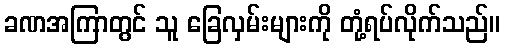
ခဏအကြာတွင် သူ ခြေလှမ်းများကို တုံ့ရပ်လိုက်သည်။